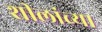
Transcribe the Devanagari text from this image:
शीलांच्या